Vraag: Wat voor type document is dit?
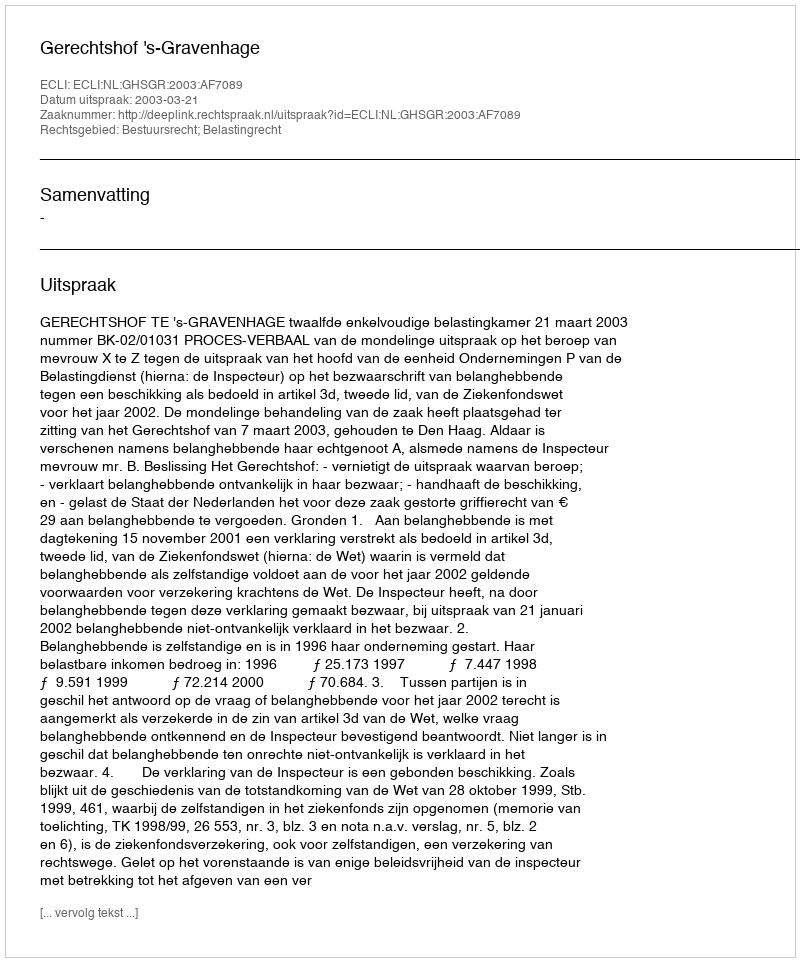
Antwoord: Uitspraak